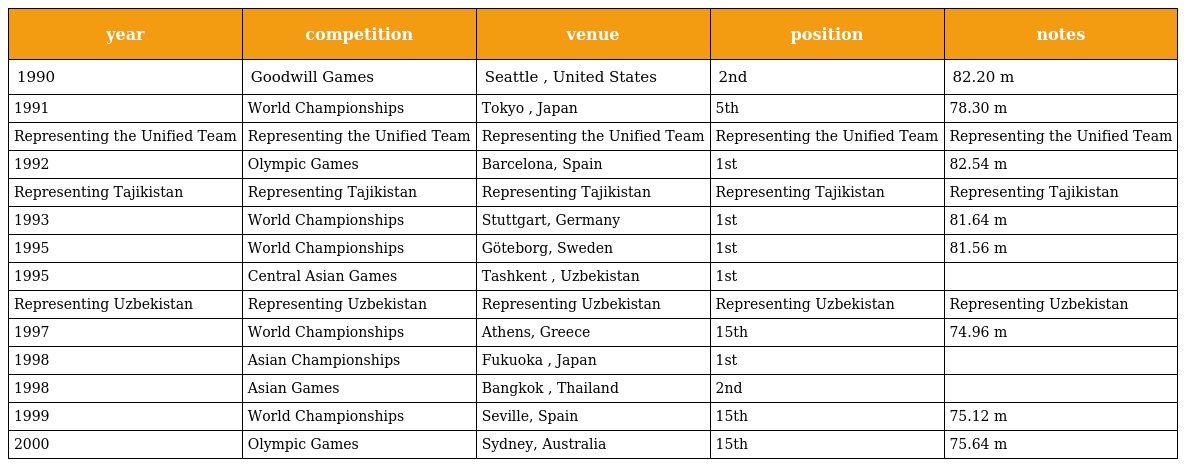
| year | competition | venue | position | notes |
 | --- | --- | --- | --- | --- |
 | 1990 | Goodwill Games | Seattle , United States | 2nd | 82.20 m |
 | 1991 | World Championships | Tokyo , Japan | 5th | 78.30 m |
 | Representing the Unified Team | Representing the Unified Team | Representing the Unified Team | Representing the Unified Team | Representing the Unified Team |
 | 1992 | Olympic Games | Barcelona, Spain | 1st | 82.54 m |
 | Representing Tajikistan | Representing Tajikistan | Representing Tajikistan | Representing Tajikistan | Representing Tajikistan |
 | 1993 | World Championships | Stuttgart, Germany | 1st | 81.64 m |
 | 1995 | World Championships | Göteborg, Sweden | 1st | 81.56 m |
 | 1995 | Central Asian Games | Tashkent , Uzbekistan | 1st |  |
 | Representing Uzbekistan | Representing Uzbekistan | Representing Uzbekistan | Representing Uzbekistan | Representing Uzbekistan |
 | 1997 | World Championships | Athens, Greece | 15th | 74.96 m |
 | 1998 | Asian Championships | Fukuoka , Japan | 1st |  |
 | 1998 | Asian Games | Bangkok , Thailand | 2nd |  |
 | 1999 | World Championships | Seville, Spain | 15th | 75.12 m |
 | 2000 | Olympic Games | Sydney, Australia | 15th | 75.64 m |